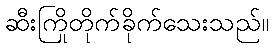
ဆီးကြိုတိုက်ခိုက်သေးသည်။